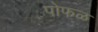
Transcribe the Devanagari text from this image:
पोफळ